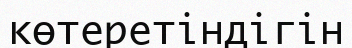
көтеретіндігін